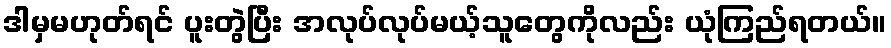
ဒါမှမဟုတ်ရင် ပူးတွဲပြီး အလုပ်လုပ်မယ့်သူတွေကိုလည်း ယုံကြည်ရတယ်။